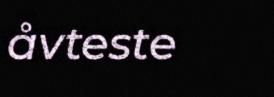
åvteste